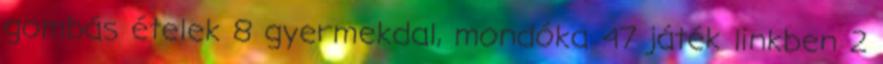
gombás ételek 8 gyermekdal, mondóka 47 játék linkben 2